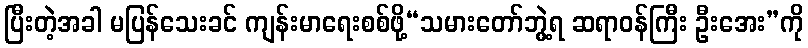
ပြီးတဲ့အခါ မပြန်သေးခင် ကျန်းမာရေးစစ်ဖို့“သမားတော်ဘွဲ့ရ ဆရာဝန်ကြီး ဦးအေး”ကို